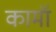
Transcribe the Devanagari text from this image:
कामॉ